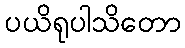
ပယိရုပါသိတော